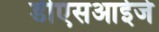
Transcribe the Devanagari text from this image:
डीएसआईजे